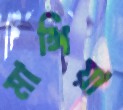
মাঙ্গিয়া